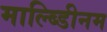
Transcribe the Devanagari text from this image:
माल्ब्डिीनम